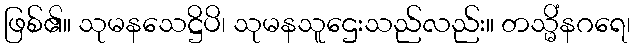
ဖြစ်၏။ သုမနသေဋ္ဌိပိ၊ သုမနသူဌေးသည်လည်း။ တသ္မိံနဂရေ၊